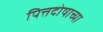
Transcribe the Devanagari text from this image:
पित्तदोषाच्या